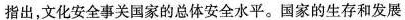
指出，文化安全事关国家的总体安全水平。国家的生存和发展